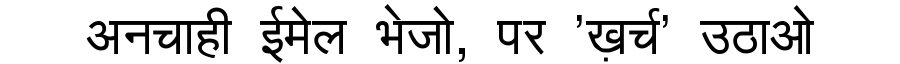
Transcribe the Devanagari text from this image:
अनचाही ईमेल भेजो, पर 'ख़र्च' उठाओ